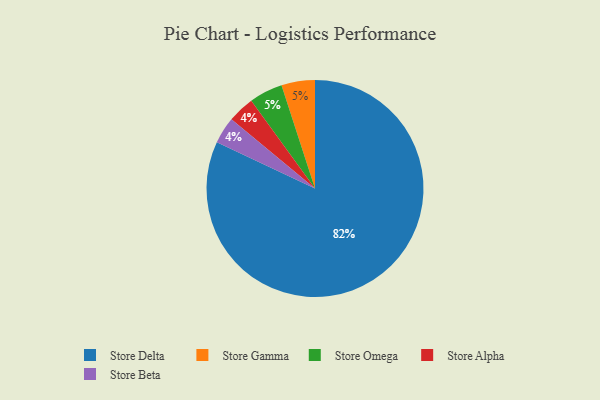
{"axis": {"x": "Category", "y": "Percentage"}, "legend": ["Store Alpha", "Store Beta", "Store Delta", "Store Gamma", "Store Omega"], "data": [{"x": "Store Alpha", "y": 4, "type": "Store Alpha"}, {"x": "Store Gamma", "y": 5, "type": "Store Gamma"}, {"x": "Store Omega", "y": 5, "type": "Store Omega"}, {"x": "Store Delta", "y": 82, "type": "Store Delta"}, {"x": "Store Beta", "y": 4, "type": "Store Beta"}]}